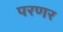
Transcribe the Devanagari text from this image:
परणर